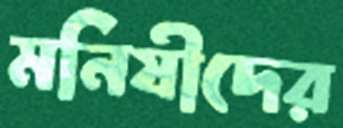
মনিষীদের